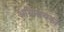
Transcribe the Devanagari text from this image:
अधिनायको